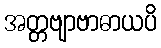
အတ္တဗျာဗာဓာယပိ